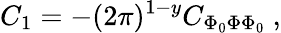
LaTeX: C_{1}=-(2\pi)^{1-y}C_{\Phi_{0}\Phi\Phi_{0}}\ ,